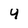
Character: 4